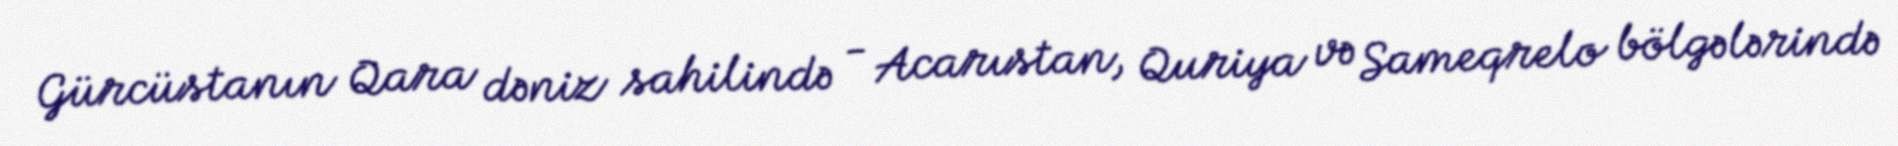
Gürcüstanın Qara dəniz sahilində - Acarıstan, Quriya və Sameqrelo bölgələrində